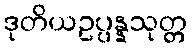
ဒုတိယဥပ္ပန္နသုတ္တ